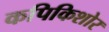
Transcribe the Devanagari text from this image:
कपिकिशोर